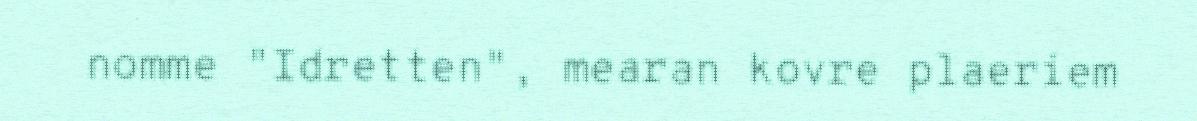
nomme "Idretten", mearan kovre plaeriem